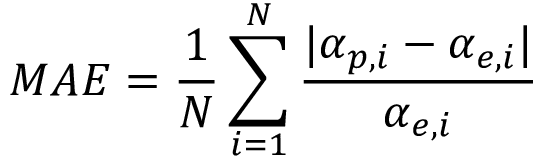
M A E = \frac { 1 } { N } \sum _ { i = 1 } ^ { N } \frac { | \alpha _ { p , i } - \alpha _ { e , i } | } { \alpha _ { e , i } }